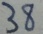
3 8